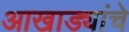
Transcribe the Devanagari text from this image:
आखाड्यांचे